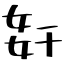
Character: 姧